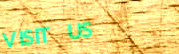
VISIT US